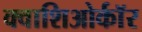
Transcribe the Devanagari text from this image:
क्वाशिओर्कॉर